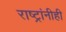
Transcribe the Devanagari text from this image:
राष्ट्रांनीही